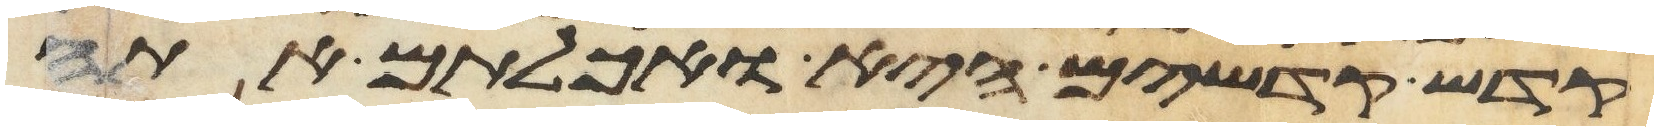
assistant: קדש קדשים היא ואכלתם אתה